Lunatic asylums Madras 1877-1891 - 1877-1891
Year: 1877
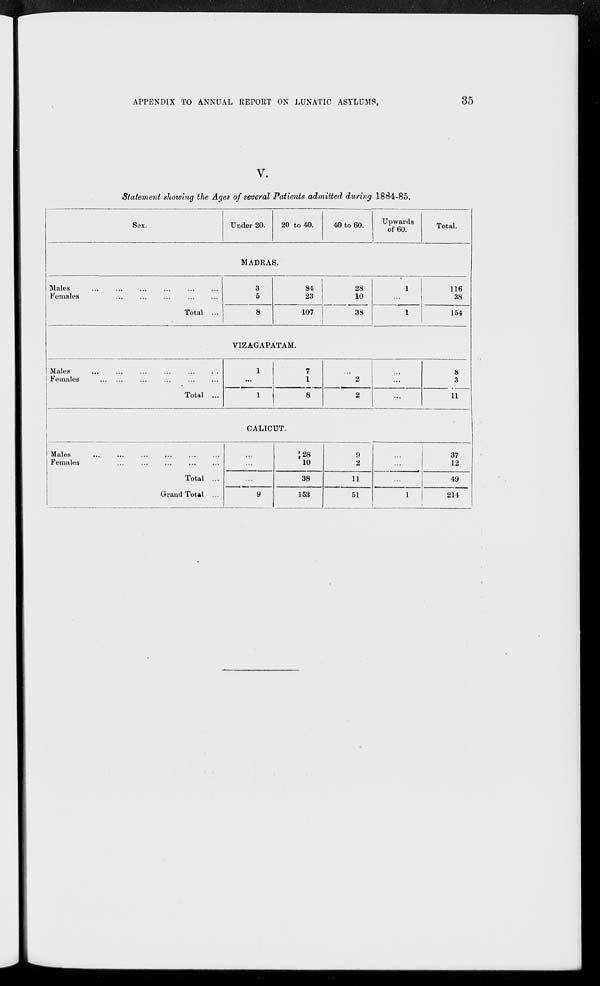
APPENDIX TO ANNUAL REPORT ON LUNATIC
ASYLUMS.
35
V.
Statement showing the Ages of several Patients admitted during 1884-85.
Sex.
Under 20.
20 to 40.
40 to 60.
Upwards
of 60.
Total.
MADRAS.
Males
...
...
...
...
...
...
Females ... ... ... ... ...
Total ...
3
5
8
84
23
107
28
10
38
1
...
1
116
38
154
VIZAGAPATAM.
Males
...
...
...
...
...
...
Females
...
...
...
...
...
...
Total ...
1
...
1
7
1
8
...
2
2
...
...
...
8
3
11
CALICUT.
Males
...
...
...
...
...
...
Females
...
...
...
...
...
Total ...
Grand Total ...
...
...
...
9
28
10
38
153
9
2
11
51
...
...
...
1
37
12
49
214